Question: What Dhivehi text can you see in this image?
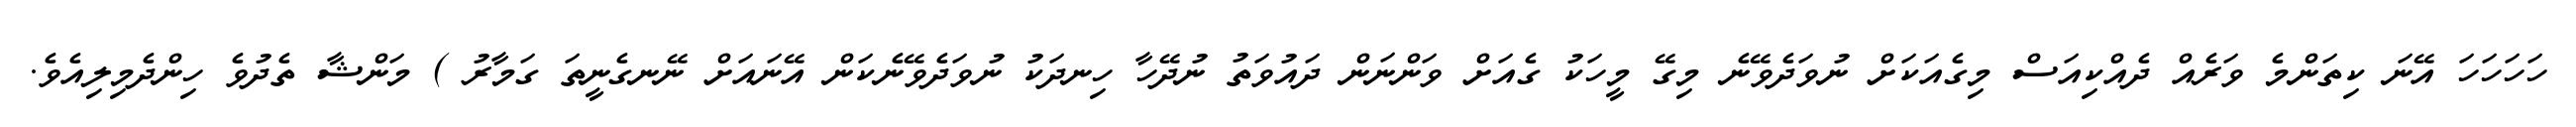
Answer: ހަހަހަހަ އޭނަ ކިތަންމެ ވަރެއް ދެއްކިއަސް މިގެއަކަށް ނުވަދެވޭނެ މިގޭ މީހަކު ގެއަށް ވަންނަން ދައުވަތު ނުދޭހާ ހިނދަކު ނުވަދެވޭނެކަން އޭނައަށް ނޭނގެނީތަ ގަމާރު ) މަންޝާ ތެދުވެ ހިންދެމިލިއެވެ.